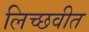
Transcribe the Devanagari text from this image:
लिच्छवीत